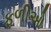
ફળીઓ